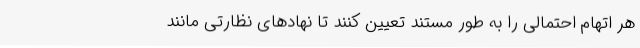
هر اتهام احتمالی را به طور مستند تعیین کنند تا نهادهای نظارتی مانند